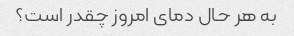
به هر حال دمای امروز چقدر است؟